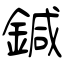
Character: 鍼